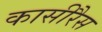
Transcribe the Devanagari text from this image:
कासीरैस